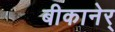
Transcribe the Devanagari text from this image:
बीकानेर्